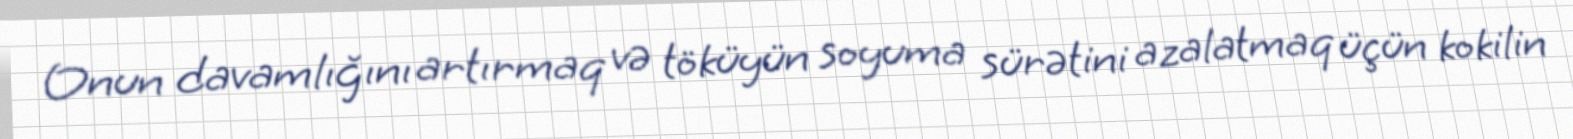
Onun davamlığını artırmaq və töküyün soyuma sürətini azalatmaq üçün kokilin